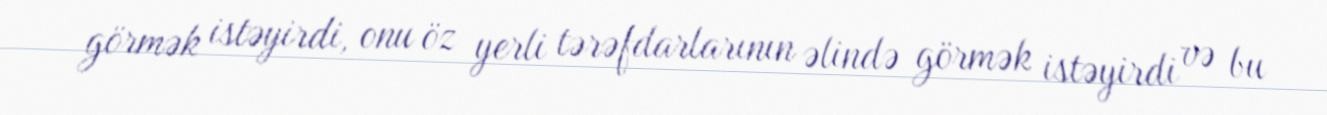
görmək istəyirdi, onu öz yerli tərəfdarlarının əlində görmək istəyirdi və bu